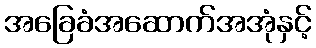
အခြေခံအဆောက်အအုံနှင့်